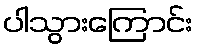
ပါသွားကြောင်း